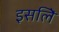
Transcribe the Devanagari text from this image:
इसलिे